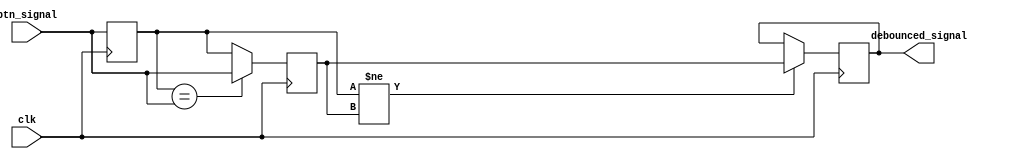
module debounce_circuit (
    input wire clk,
    input wire btn_signal,
    output reg debounced_signal
);

reg current_state, next_state;

always @(posedge clk) begin
    current_state <= btn_signal;
    next_state <= current_state;
    
    if (current_state == btn_signal)
        next_state <= btn_signal;
end

always @(posedge clk) begin
    if (current_state != next_state)
        debounced_signal <= next_state;
end

endmodule